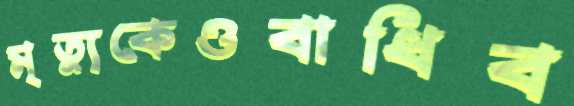
মৃত্যুকেওবাধিব